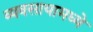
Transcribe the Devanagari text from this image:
व्यवसायामध्ये